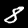
Digit: 8